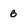
Character: B